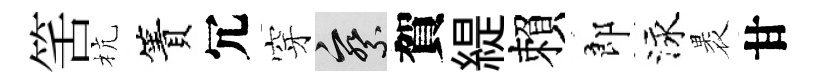
筈杭簀冗穿察賀緹賴郎泳褁甘